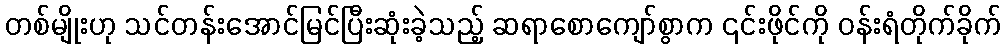
တစ်မျိုးဟု သင်တန်းအောင်မြင်ပြီးဆုံးခဲ့သည့် ဆရာစောကျော်စွာက ၎င်းဖိုင်ကို ဝန်းရံတိုက်ခိုက်